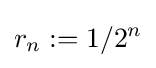
r_{n}:=1/2^{n}